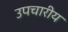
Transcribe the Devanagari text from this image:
उपचारीय